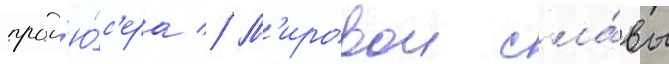
прод'ю́с'ера // М'ировои сла́вы